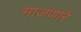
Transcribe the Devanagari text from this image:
माजणारे